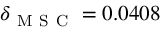
\delta _ { \mathrm { ~ M ~ S ~ C ~ } } = 0 . 0 4 0 8